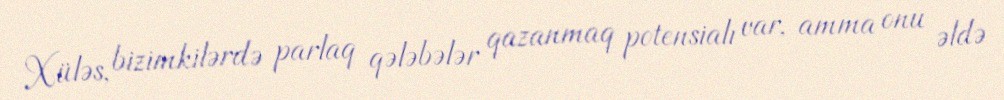
Xüləs, bizimkilərdə parlaq qələbələr qazanmaq potensialı var, amma onu əldə